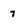
Character: 7